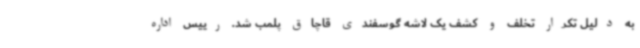
به دلیل تکرار تخلف و کشف یک لاشه گوسفندی قاچاق پلمب شد. رییس اداره